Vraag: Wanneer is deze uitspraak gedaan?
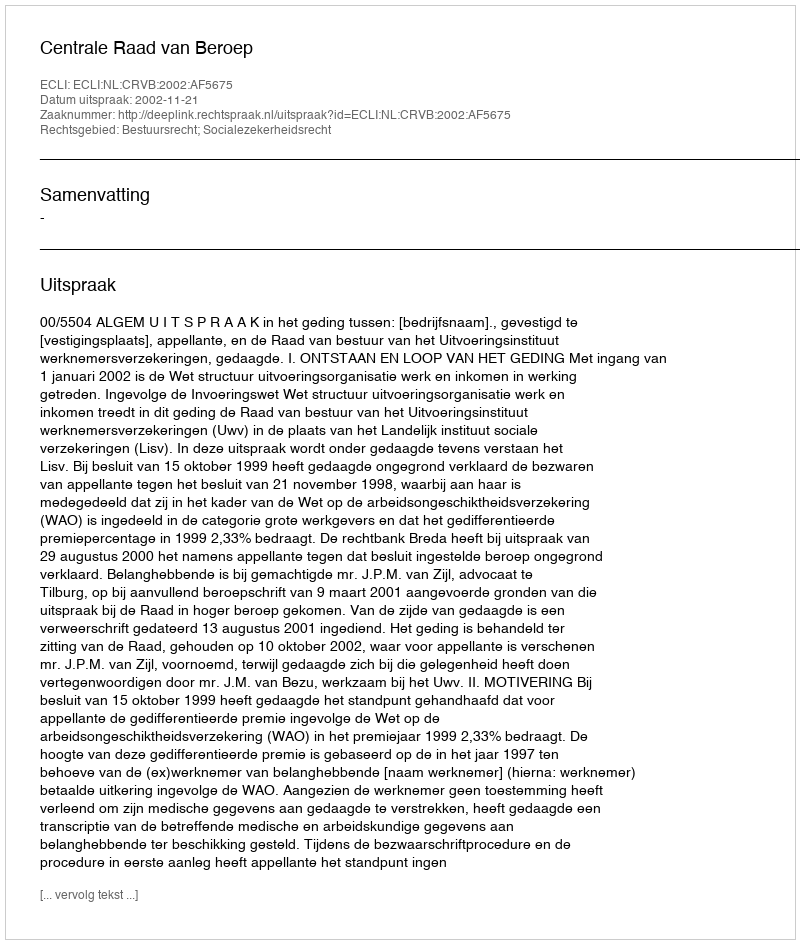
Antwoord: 2002-11-21